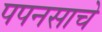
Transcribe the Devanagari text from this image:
पपनसाचे